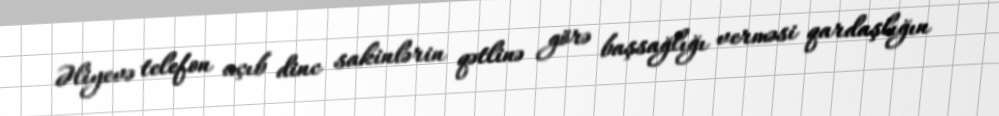
Əliyevə telefon açıb dinc sakinlərin qətlinə görə başsağlığı verməsi qardaşlığın